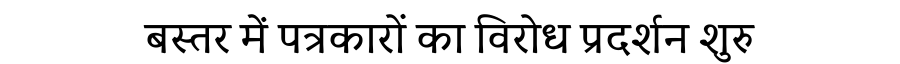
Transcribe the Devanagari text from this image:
बस्तर में पत्रकारों का विरोध प्रदर्शन शुरु